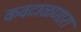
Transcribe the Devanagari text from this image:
कवटाळणारा